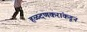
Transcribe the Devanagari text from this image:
हळदणकरांकडून